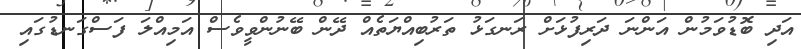
އަދި ބޮޑުވަމުން އަންނަ ދަރިފުޅަށް ރަނގަޅު ތަރުބިއްޔަތެއް ދޭން ބޭނުންވީވެސް އަމިއްލަ ފަސްގަނޑުގައި